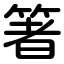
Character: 箸